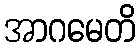
အာဂမေတိ